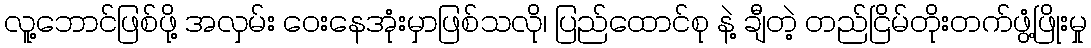
လူ့ဘောင်ဖြစ်ဖို့ အလှမ်း ဝေးနေအုံးမှာဖြစ်သလို၊ ပြည်ထောင်စု နဲ့ ချီတဲ့ တည်ငြိမ်တိုးတက်ဖွံ့ဖြိုးမှု